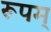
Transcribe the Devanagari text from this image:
रूपम्‌